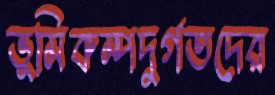
ভূমিকম্পদুর্গতদের